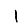
Digit: 1